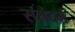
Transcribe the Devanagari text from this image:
ससंदर्भ